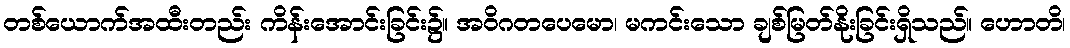
တစ်ယောက်အထီးတည်း ကိန်းအောင်းခြင်း၌။ အဝိဂတပေမော၊ မကင်းသော ချစ်မြတ်နိုးခြင်းရှိသည်။ ဟောတိ၊